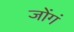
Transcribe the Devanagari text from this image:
जोंगं